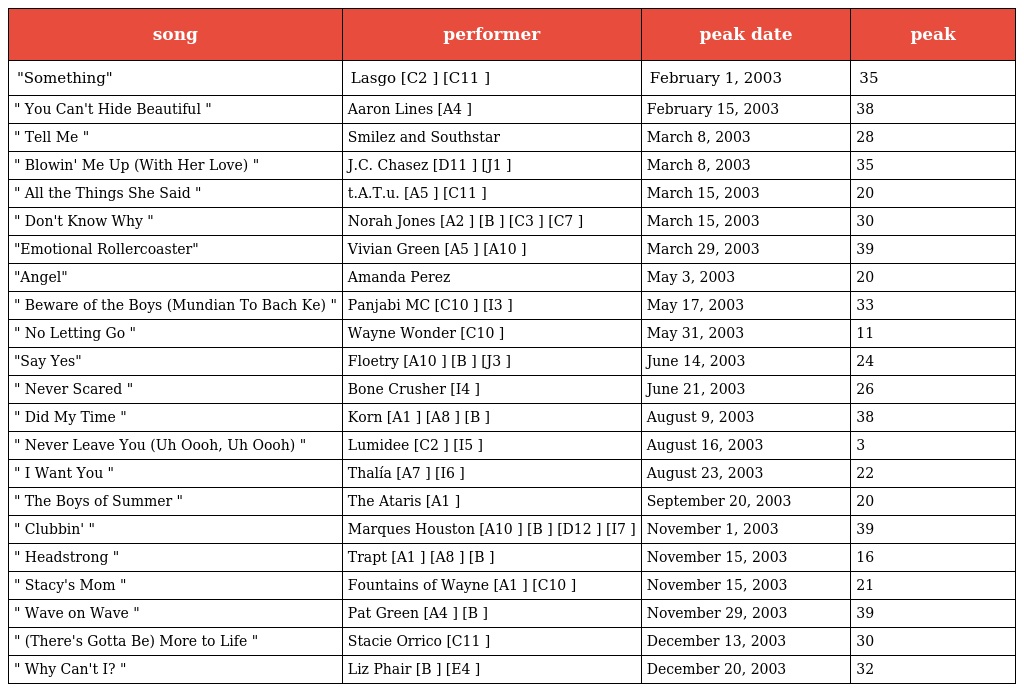
| song | performer | peak date | peak |
 | --- | --- | --- | --- |
 | "Something" | Lasgo [C2 ] [C11 ] | February 1, 2003 | 35 |
 | " You Can't Hide Beautiful " | Aaron Lines [A4 ] | February 15, 2003 | 38 |
 | " Tell Me " | Smilez and Southstar | March 8, 2003 | 28 |
 | " Blowin' Me Up (With Her Love) " | J.C. Chasez [D11 ] [J1 ] | March 8, 2003 | 35 |
 | " All the Things She Said " | t.A.T.u. [A5 ] [C11 ] | March 15, 2003 | 20 |
 | " Don't Know Why " | Norah Jones [A2 ] [B ] [C3 ] [C7 ] | March 15, 2003 | 30 |
 | "Emotional Rollercoaster" | Vivian Green [A5 ] [A10 ] | March 29, 2003 | 39 |
 | "Angel" | Amanda Perez | May 3, 2003 | 20 |
 | " Beware of the Boys (Mundian To Bach Ke) " | Panjabi MC [C10 ] [I3 ] | May 17, 2003 | 33 |
 | " No Letting Go " | Wayne Wonder [C10 ] | May 31, 2003 | 11 |
 | "Say Yes" | Floetry [A10 ] [B ] [J3 ] | June 14, 2003 | 24 |
 | " Never Scared " | Bone Crusher [I4 ] | June 21, 2003 | 26 |
 | " Did My Time " | Korn [A1 ] [A8 ] [B ] | August 9, 2003 | 38 |
 | " Never Leave You (Uh Oooh, Uh Oooh) " | Lumidee [C2 ] [I5 ] | August 16, 2003 | 3 |
 | " I Want You " | Thalía [A7 ] [I6 ] | August 23, 2003 | 22 |
 | " The Boys of Summer " | The Ataris [A1 ] | September 20, 2003 | 20 |
 | " Clubbin' " | Marques Houston [A10 ] [B ] [D12 ] [I7 ] | November 1, 2003 | 39 |
 | " Headstrong " | Trapt [A1 ] [A8 ] [B ] | November 15, 2003 | 16 |
 | " Stacy's Mom " | Fountains of Wayne [A1 ] [C10 ] | November 15, 2003 | 21 |
 | " Wave on Wave " | Pat Green [A4 ] [B ] | November 29, 2003 | 39 |
 | " (There's Gotta Be) More to Life " | Stacie Orrico [C11 ] | December 13, 2003 | 30 |
 | " Why Can't I? " | Liz Phair [B ] [E4 ] | December 20, 2003 | 32 |